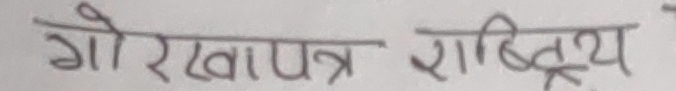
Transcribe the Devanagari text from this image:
गोरखापत्र राष्ट्रिय